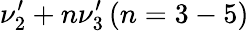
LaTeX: \nu_{2}^{\prime}+n\nu_{3}^{\prime}\, (n=3-5)